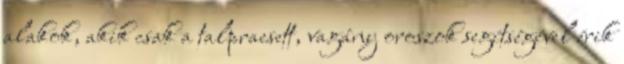
alakok, akik csak a talpraesett, vagány oroszok segítségével érik